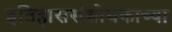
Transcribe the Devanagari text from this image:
इतिहाससंशोधकाच्या